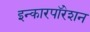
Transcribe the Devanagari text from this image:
इन्कारपॉरेशन